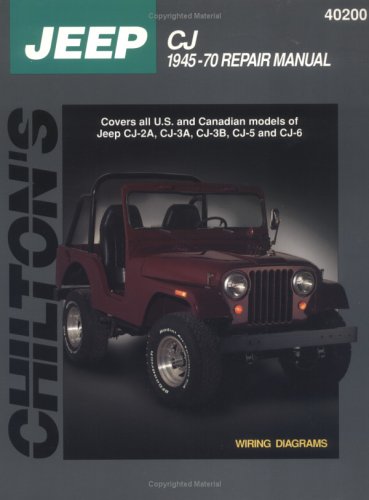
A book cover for Jeep CJ, 1945-70 (Chilton Total Car Care Series Manuals); Chilton; Engineering & Transportation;